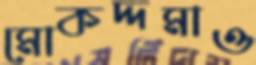
মোকদ্দমাও